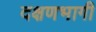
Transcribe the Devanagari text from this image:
दक्षणभागी